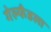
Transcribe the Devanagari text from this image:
गेल्फँडला